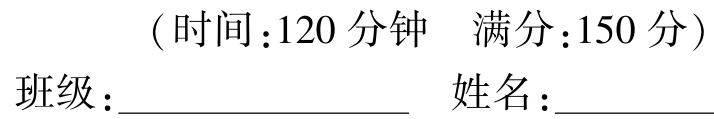
（时间：120 分钟  满分：150 分）

班级：____________________  姓名：____________________